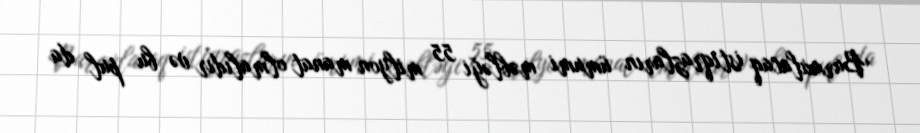
Buraxılacaq istiqrazların ümumi məbləği 55 milyon manat olmalıdır və bu pul da